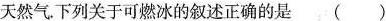
的天然气。下列关于可燃冰的叙述正确的是( )